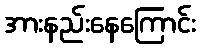
အားနည်းနေကြောင်း